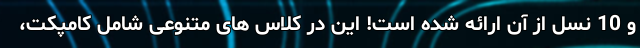
و 10 نسل از آن ارائه شده است! این در کلاس های متنوعی شامل کامپکت،